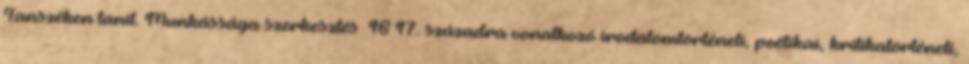
Tanszéken tanít. Munkássága szerkesztés 16–17. századra vonatkozó irodalomtörténeti, poétikai, kritikatörténeti,